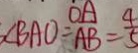
\angle B A O = \frac { O A } { A B } = \frac { 4 } { 5 }